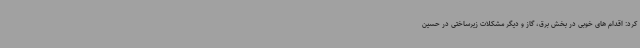
کرد: اقدام های خوبی در بخش برق، گاز و دیگر مشکلات زیرساختی در حسین